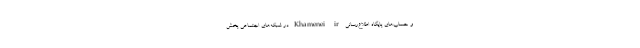
و حساب‌های پایگاه اطلاع‌رسانی Khamenei.ir در شبکه‌های اجتماعی پخش